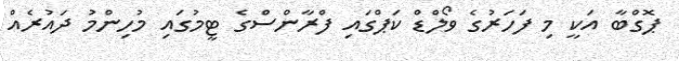
ޕޮގްބާ އަކީ މި ފަހަރުގެ ވޯލްޑް ކަޕްގައި ފްރާންސްގެ ޓީމުގައި މުހިންމު ދައުރެއް